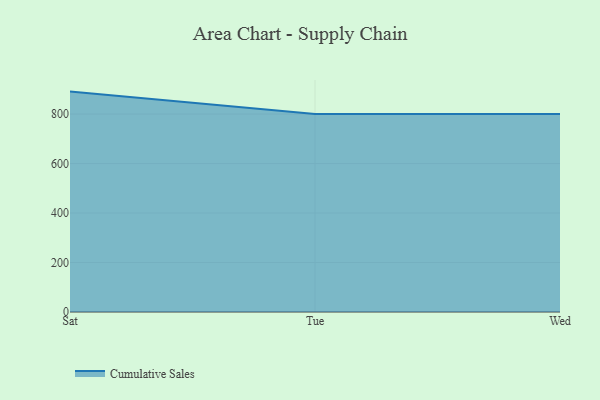
{"axis": {"x": "Day", "y": "Inventory Turnover"}, "legend": ["Cumulative Sales"], "data": [{"x": "Sat", "y": 890.8, "type": "Cumulative Sales"}, {"x": "Tue", "y": 800.6, "type": "Cumulative Sales"}, {"x": "Wed", "y": 800, "type": "Cumulative Sales"}]}